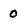
Character: 0